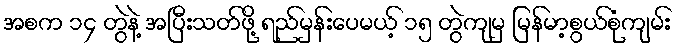
အစက ၁၄ တွဲနဲ့ အပြီးသတ်ဖို့ ရည်မှန်းပေမယ့် ၁၅ တွဲကျမှ မြန်မာ့စွယ်စုံကျမ်း